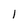
Character: l